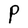
Character: P